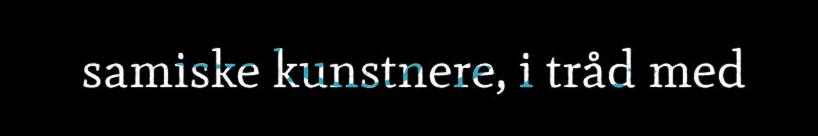
samiske kunstnere, i tråd med